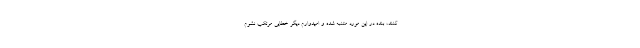
کنند، بنده در این مورد متنبه شده و امیدوارم دیگر خطایی مرتکب نشوم.